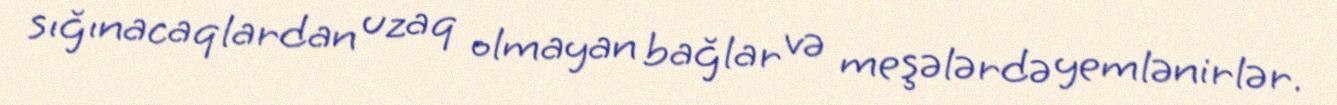
sığınacaqlardan uzaq olmayan bağlar və meşələrdə yemlənirlər.